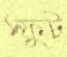
স্ফুট